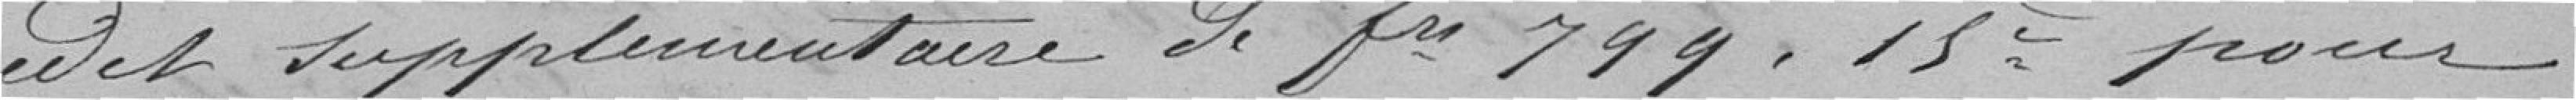
crédit supplémentaire de frs 799.15c pour